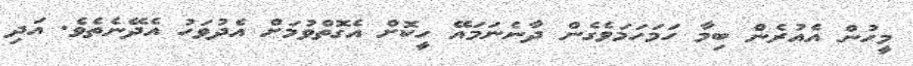
މީހުން އެއުރެން ބިމާ ހަމަހަމަވެގެން ދާނެނަމައޭ ހީކޮށް އެގޮތްވުމަށް އެދުވަހު އެދޭނެތެވެ. އަދި